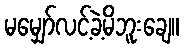
မမျှော်လင့်ခဲ့မိဘူးချေ။